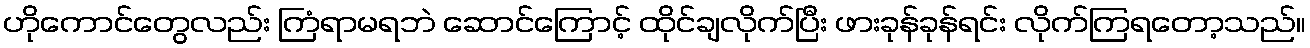
ဟိုကောင်တွေလည်း ကြံရာမရဘဲ ဆောင်ကြောင့် ထိုင်ချလိုက်ပြီး ဖားခုန်ခုန်ရင်း လိုက်ကြရတော့သည်။